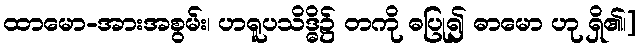
ထာမော-အားအစွမ်း၊ ဟရူပသိဒ္ဓိ၌ တကို ဓပြု၍ ဓာမော ဟု ရှိ၏၊]